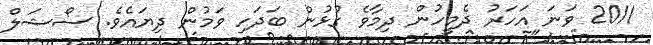
2011 ވަނަ އަހަރު ދެމީހުން ދިމާވެ ގުޅުން ބަދަހި ވަމުން ދިޔައެވެ. ސޯޝަލް